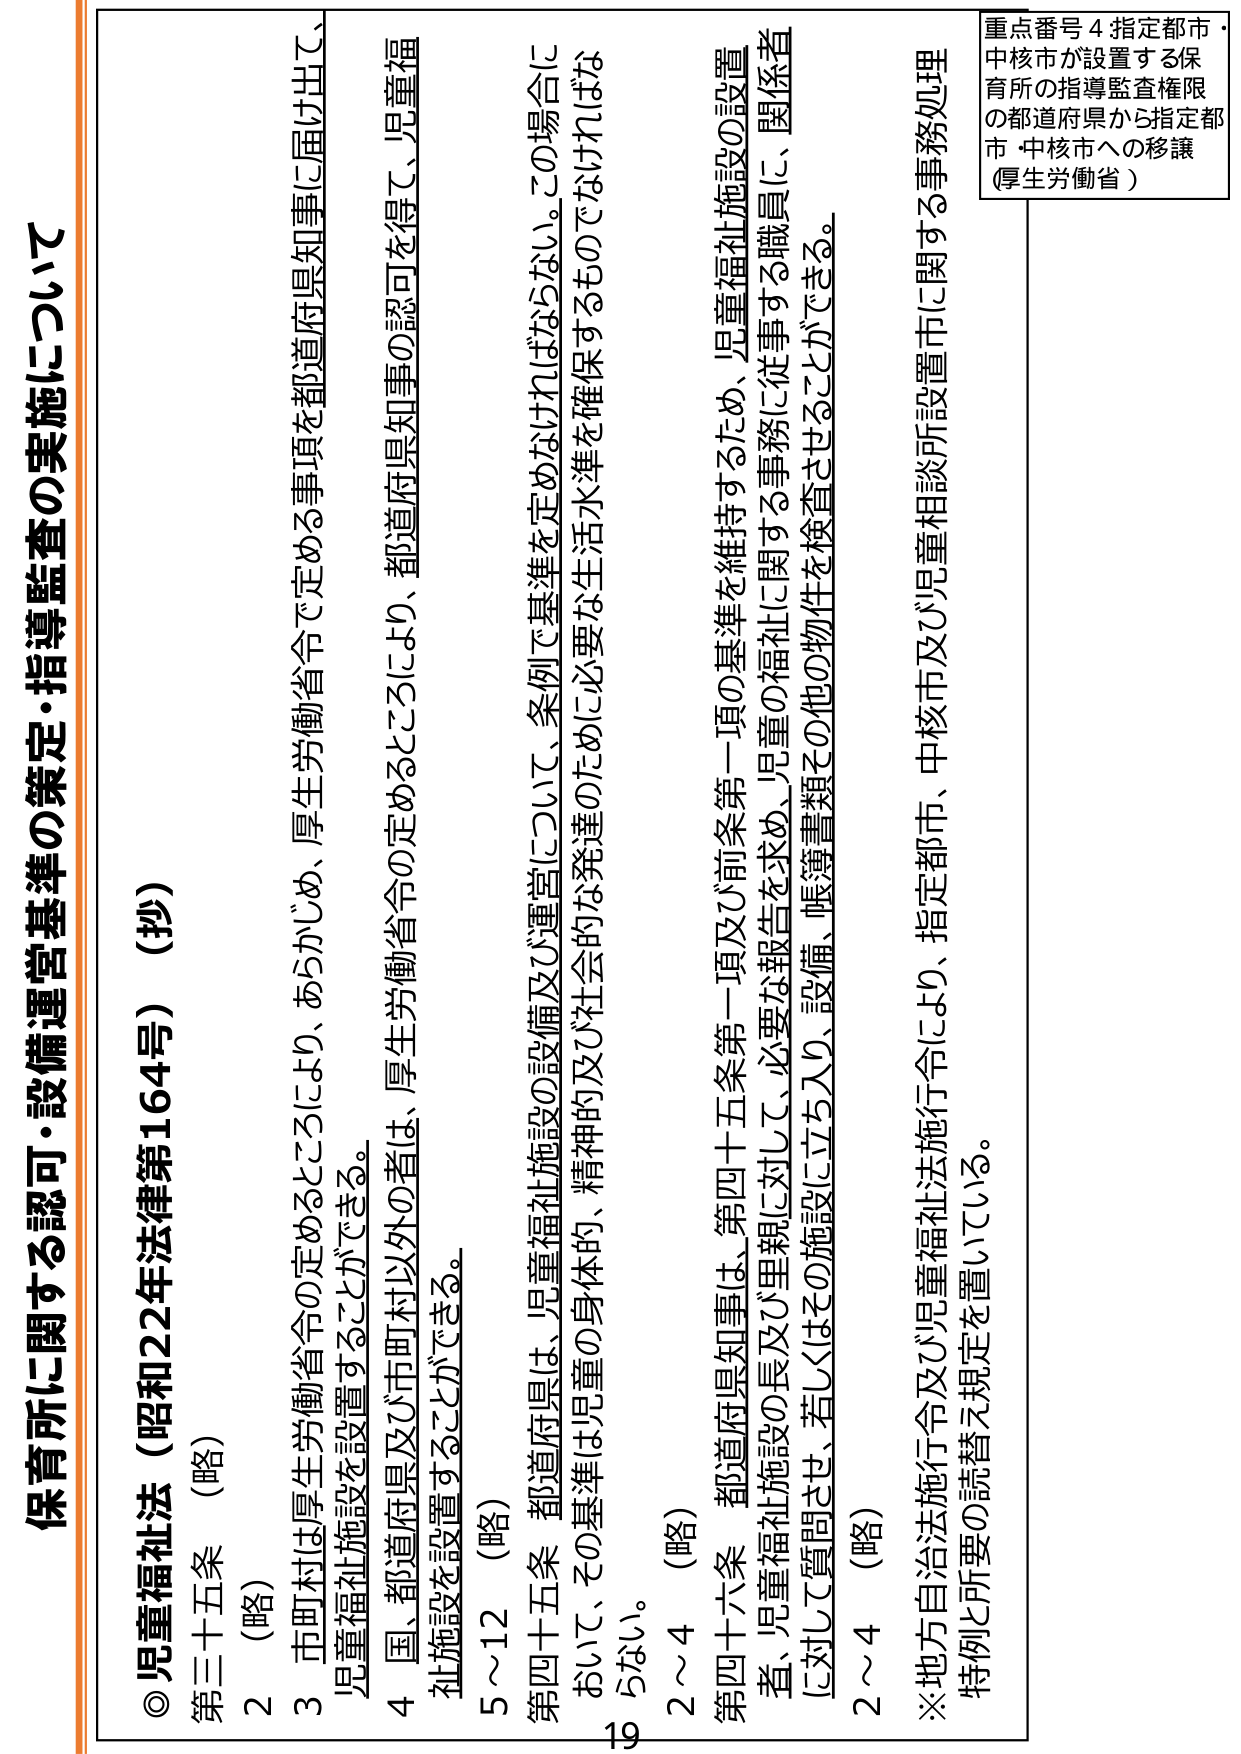
保育所に関する認可・設備運営基準・指導監査の実施について

◎児童福祉法（昭和22年法律第164号）（抄）

第三十五条（略）

2（略）

3 市町村は厚生労働省令の定めるところにより、あらかじめ、厚生労働省令で定める事項を都道府県知事に届け出て、児童福祉施設を設置することができる。

4 国、都道府県及び市町村以外の者は、厚生労働省令の定めるところにより、都道府県知事の認可を得て、児童福祉施設を設置することができる。

5～12（略）

第四十五条 都道府県は、児童福祉施設の設備及び運営について、条例で基準を定めなければならない。この場合において、その基準は児童の身体的、精神的及び社会的な発達のために必要な生活水準を確保するものでなければならない。

2～4（略）

第四十六条 都道府県知事は、第四十五条第一項及び前条第一項の基準を維持するため、児童福祉施設の設置者、児童福祉施設の長及び里親に対し、必要な報告を求め、児童の福祉に関する事務に従事する職員に、関係者に対して質問させ、若しくはその施設に立ち入り、設備、帳簿書類その他の物件を検査させることができる。

2～4（略）

※地方自治法施行令及び児童福祉法施行令により、指定都市、中核市及び児童相談所設置市に関する事務処理特例と所要の読替え規定を置いている。

重点番号4 指定都市・中核市が設置する保育所の指導監査権限の都道府県から指定都市・中核市への移譲（厚生労働省）